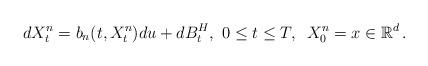
LaTeX: \begin{align*}dX_t^{n} = b_n(t,X_t^{n}) du + dB_t^H, \,\,0\leq t\leq T,\,\,\, X_0^{n}=x \in \mathbb{R}^d\,.\end{align*}